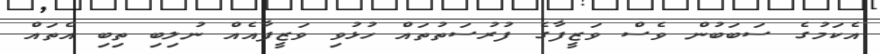
އެކަމުގެ ސަބަބުން ވެސް ވަޒީފާގެ ފުރުސަތުތައް ހުޅުވި ވަޒީފާއެއް ނުލިބި ތިބި އެތައް